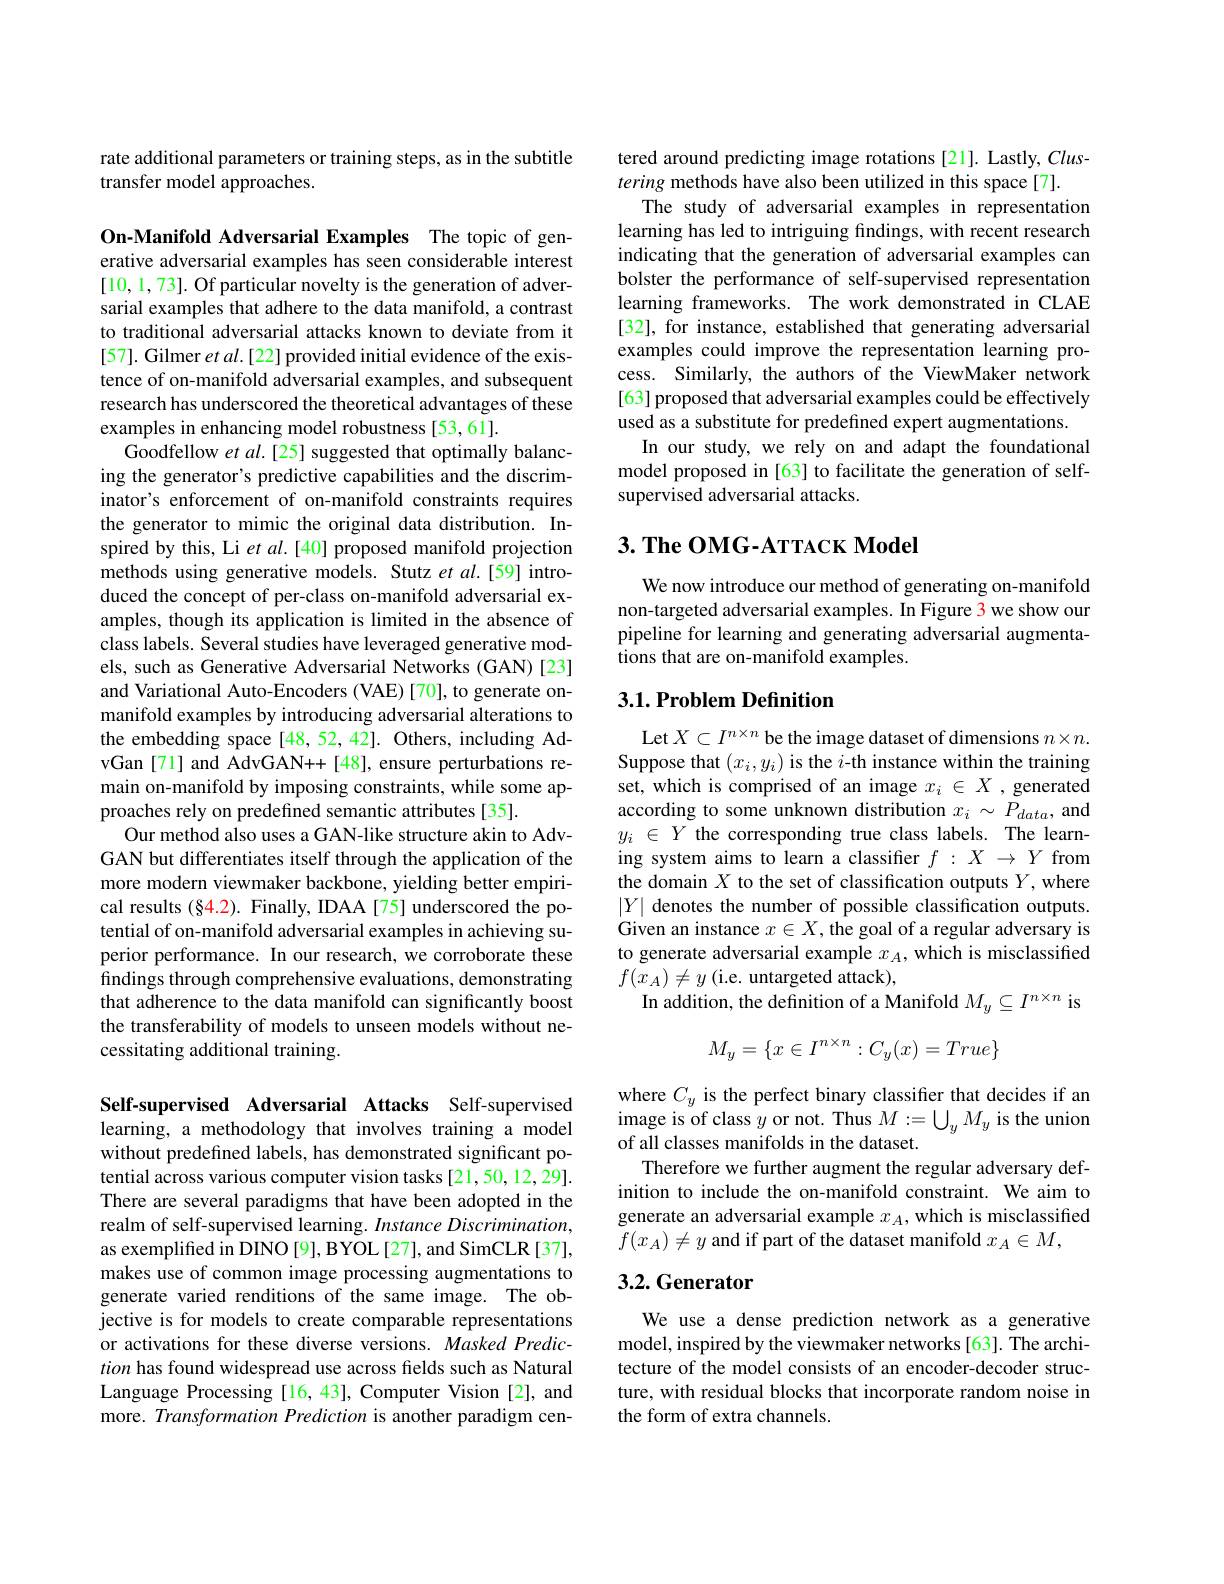
rate additional parameters or training steps, as in the subtitle
transfer model approaches.

On-Manifold Adversarial Examples The topic of generative adversarial examples has seen considerable interest [10,1,73]. Of particular novelty is the generation of adversarial examples that adhere to the data manifold, a contrast to traditional adversarial attacks known to deviate from it [57]. Gilmer et al.[22] provided initial evidence of the existence of on-manifold adversarial examples, and subsequent research has underscored the theoretical advantages of these examples in enhancing model robustness [53,61].
Goodfellow et al.[25] suggested that optimally balancing the generator's predictive capabilities and the discriminator's enforcement of on-manifold constraints requires the generator to mimic the original data distribution. Inspired by this, Li et al.[40] proposed manifold projection methods using generative models. Stutz et al.[59] introduced the concept of per-class on-manifold adversarial examples, though its application is limited in the absence of class labels. Several studies have leveraged generative models, such as Generative Adversarial Networks (GAN)[23] and Variational Auto-Encoders (VAE)[70], to generate onmanifold examples by introducing adversarial alterations to the embedding space[48,52,42]. Others, including AdvGan [71] and AdvGAN++[48], ensure perturbations remain on-manifold by imposing constraints, while some approaches rely on predefined semantic attributes [35].
Our method also uses a GAN-like structure akin to AdvGAN but differentiates itself through the application of the more modern viewmaker backbone, yielding better empirical results (§4.2). Finally, IDAA[75] underscored the potential of on-manifold adversarial examples in achieving superior performance. In our research, we corroborate these findings through comprehensive evaluations, demonstrating that adherence to the data manifold can significantly boost the transferability of models to unseen models without necessitating additional training.

Self-supervised Adversarial Attacks Self-supervised learning, a methodology that involves training a model without predefined labels, has demonstrated significant potential across various computer vision tasks [21,50,12,29]. There are several paradigms that have been adopted in the realm of self-supervised learning. Instance Discrimination, as exemplified in DINO[9], BYOL[27], and SimCLR[37], makes use of common image processing augmentations to generate varied renditions of the same image. The objective is for models to create comparable representations or activations for these diverse versions. Masked Prediction has found widespread use across fields such as Natural Language Processing [16, 43], Computer Vision [2], and more. Transformation Prediction is another paradigm cen-

tered around predicting image rotations [21]. Lastly, Clus-
tering methods have also been utilized in this space[7].
The study of adversarial examples in representation learning has led to intriguing findings, with recent research indicating that the generation of adversarial examples can bolster the performance of self-supervised representation learning frameworks. The work demonstrated in CLAE [32], for instance, established that generating adversarial examples could improve the representation learning process. Similarly, the authors of the ViewMaker network [63] proposed that adversarial examples could be effectively used as a substitute for predefined expert augmentations
In our study, we rely on and adapt the foundational model proposed in [63] to facilitate the generation of selfsupervised adversarial attacks.

# $3. \textbf{ The OMG- ATTACK Model}$

We now introduce our method of generating on-manifold non-targeted adversarial examples. In Figure 3 we show our pipeline for learning and generating adversarial augmentations that are on-manifold examples.

## 3.1. Problem Definition

Let $X\subset I^n\times n$ be the image dataset of dimensions $n\times n.$ Suppose that $(x_i,y_i)$ is the $i$-th instance within the training set, which is comprised of an image $x_i\in X$ ,generated according to some unknown distribution $x_i\sim P_{data}$, and $y_i$ $\in$ $Y$ the corresponding true class labels. The learning system aims to learn a classifier $f:X\to Y$ from the domain $X$ to the set of classification outputs $Y$,where $|Y|$ denotes the number of possible classification outputs. Given an instance $x\in X$, the goal of a regular adversary is to generate adversarial example $x_A$, which is misclassified $f(x_A)\neq y$ (i.e. untargeted attack),
In addition, the definition of a Manifold $M_y\subseteq I^{n\times n}$ is
$$M_y=\{x\in I^{n\times n}:C_y(x)=True\}$$
where $C_y$ is the perfect binary classifier that decides if an image is of class $y$ or not. Thus $M:=\bigcup_yM_y$ is the union of all classes manifolds in the dataset.
Therefore we further augment the regular adversary definition to include the on-manifold constraint. We aim to generate an adversarial example $x_A$, which is misclassified $f(x_A)\neq y$ and if part of the dataset manifold $x_A\in M$,

## 3.2. Generator

We use a dense prediction network as a generative model, inspired by the viewmaker networks [63]. The architecture of the model consists of an encoder-decoder structure, with residual blocks that incorporate random noise in the form of extra channels.